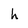
Character: h